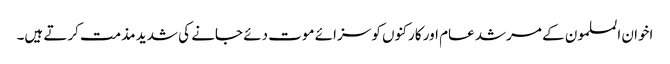
اخوان المسلمون کے مرشد عام اور کارکنوں کو سزائے موت دئے جانے کی شدید مذمت کرتے ہیں۔